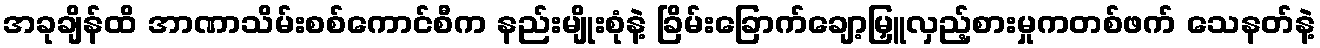
အခုချိန်ထိ အာဏာသိမ်းစစ်ကောင်စီက နည်းမျိုးစုံနဲ့ ခြိမ်းခြောက်ချော့မြှူလှည့်စားမှုကတစ်ဖက် သေနတ်နဲ့